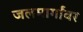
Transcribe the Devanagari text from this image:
जलमार्गांवर